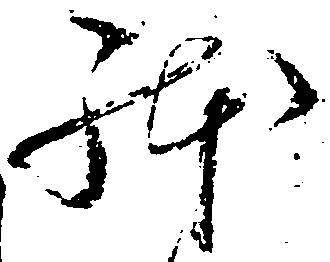
体